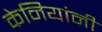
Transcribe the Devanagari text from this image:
केनियांनी